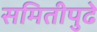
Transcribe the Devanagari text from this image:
समितीपुढे